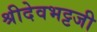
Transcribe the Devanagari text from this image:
श्रीदेवभट्टजी